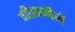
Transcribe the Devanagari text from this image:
गीताजीमें